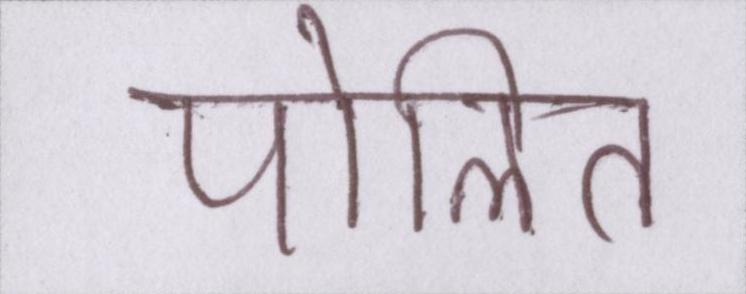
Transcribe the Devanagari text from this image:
पोलित